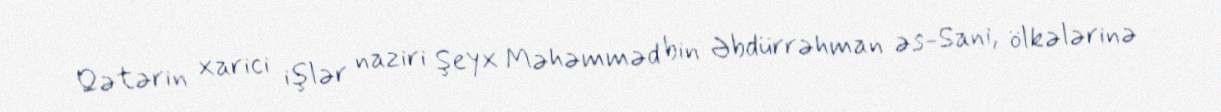
Qətərin xarici işlər naziri Şeyx Məhəmməd bin Əbdürrəhman əs-Sani, ölkələrinə